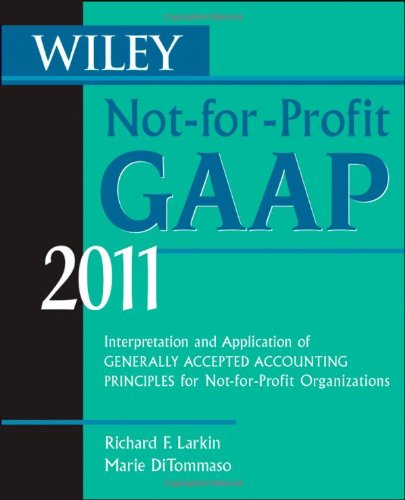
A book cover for Wiley Not-for-Profit GAAP 2011: Interpretation and Application of Generally Accepted Accounting Principles; Richard F. Larkin; Business & Money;